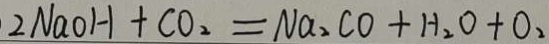
2 N a O H + C O _ { 2 } = N a _ { 2 } C O + H _ { 2 } O + O _ { 2 }